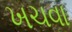
ખચવા